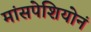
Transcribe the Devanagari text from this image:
मांसपेशियोनं